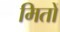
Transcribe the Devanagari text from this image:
मितों